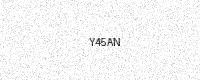
Text: Y45AN